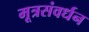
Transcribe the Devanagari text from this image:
मूत्रसंवर्धन